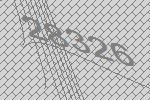
28326